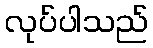
လုပ်ပါသည်